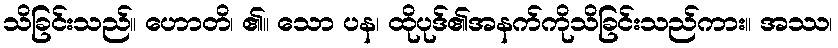
သိခြင်းသည်။ ဟောတိ၊ ၏။ သော ပန၊ ထိုပုဒ်၏အနက်ကိုသိခြင်းသည်ကား။ အဿ၊